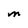
Character: M